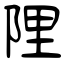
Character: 陧